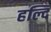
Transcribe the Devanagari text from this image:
हल्दि